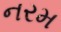
નરમ